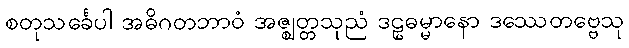
စတုသင်္ခေပါ အဓိဂတဘာဝံ အဇ္ဈတ္တသုညံ ဒဠှဓမ္မာနော ဒဿေတဗ္ဗေသု